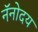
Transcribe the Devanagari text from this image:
नॅनोदय